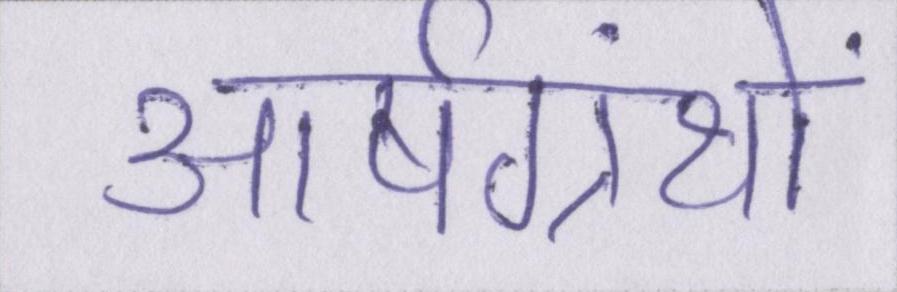
आर्षग्रंथों